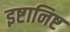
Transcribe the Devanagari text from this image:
इष्टानिष्ट